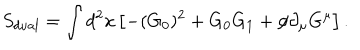
S _ { d u a l } = \int d ^ { 2 } x \left[ - ( G _ { 0 } ) ^ { 2 } + G _ { 0 } G _ { 1 } + { \phi } { \partial } _ { \mu } G ^ { \mu } \right] .